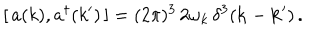
[ \, a ( k ) , a ^ { \dagger } ( k ^ { \prime } ) \, ] = ( 2 \pi ) ^ { 3 } \, 2 \omega _ { k } \, \delta ^ { 3 } ( { \bf k } - { \bf k } ^ { \prime } ) \, .